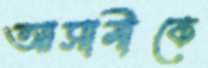
আসামীকে